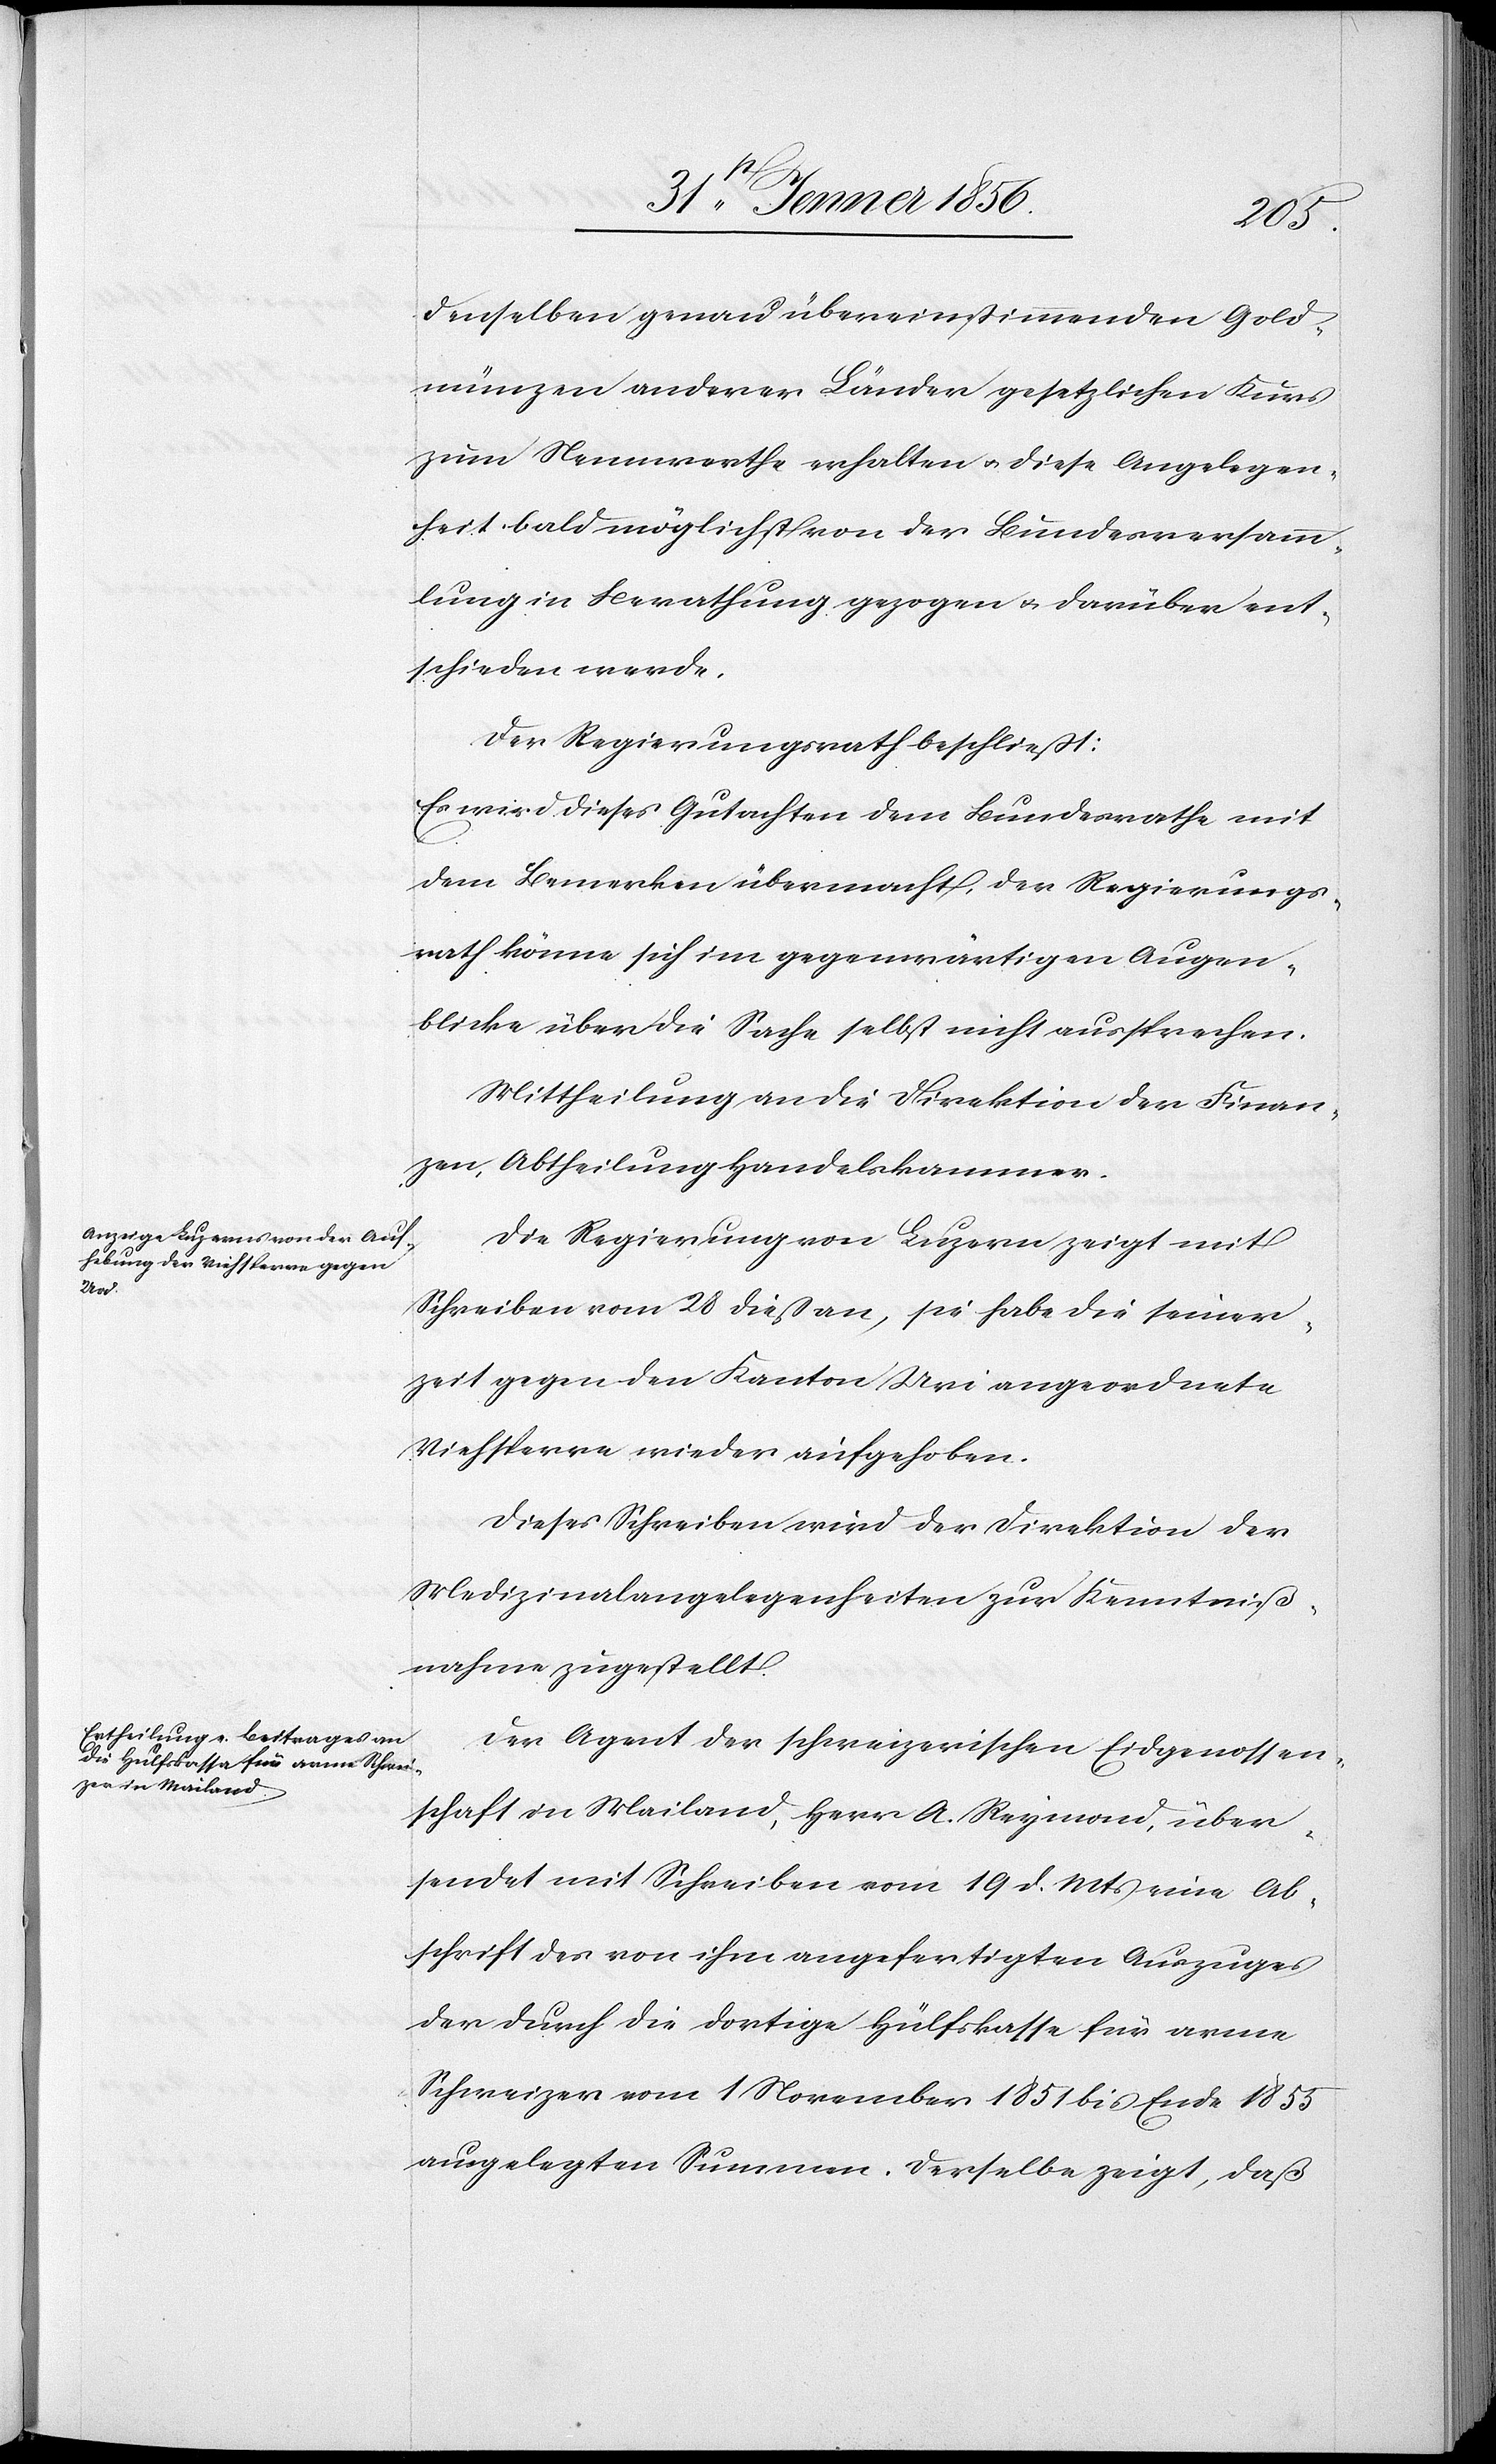
denselben genau übereinstimmenden Gold¬
münzen anderer Länder gesetzlichen Kurs
zum Nennwerthe erhalten u. diese Angelegen¬
heit bald möglichst von der Bundesversamm¬
lung in Berathung gezogen u. darüber ent¬
schieden werde.
Der Regierungsrath beschließt:
Es wird dieses Gutachten dem Bundesrathe mit
dem Bemerken übermacht, der Regierungs¬
rath könne sich im gegenwärtigen Augen¬
blicke über die Sache selbst nicht aussprechen.
Mittheilung an die Direktion der Finan¬
zen, Abtheilung Handelskammer.
Die Regierung von Luzern zeigt mit
Schreiben vom 28 dieß an, sie habe die seiner¬
zeit gegen den Kanton Uri angeordnete
Viehsperre wieder aufgehoben.
Dieses Schreiben wird der Direktion der
Medizinalangelegenheiten zur Kenntniß¬
nahme zugestellt.
Der Agent der schweizerischen Eidgenossen¬
schaft in Mailand, Herr A. Reymond, über¬
sendet mit Schreiben vom 19 d. Mts eine Ab¬
schrift des von ihm angefertigten Auszuges
der durch die dortige Hülfskasse für arme
Schweizer vom 1 November 1851 bis Ende 1855
ausgelegten Summen. Derselbe zeigt, daß